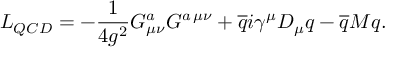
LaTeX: \nonumber { \cal L } _ { Q C D } = - { \frac { 1 } { 4 g ^ { 2 } } } G _ { \mu \nu } ^ { a } G ^ { a \, \mu \nu } + \overline { { { q } } } i \gamma ^ { \mu } D _ { \mu } q - \overline { { { q } } } { \cal M } q .